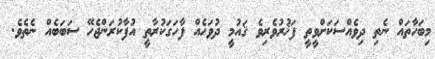
މިބަހާތައް ނެތި ދިވެއްސަކަށްވީތީ ފަޚުރުވެރިވެ ޤައުމީ ދުވަހެއް ފާހަގަކުރާތީ އުފާކުރަންޖެހޭ ސަބަބެއް ނެތެވެ.